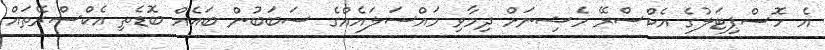
އެ ހޮސްޕިޓަލުގެ އެކްސްރޭ މެޝިނަށް ދިމާވި މައްސަލައެއްގެ ސަބަބުން ބައެއް ބޮޑެތި އެކްސްރޭތައް